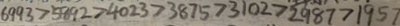
6 9 9 3 > 5 8 9 2 > 4 0 2 3 > 3 8 7 5 > 3 1 0 2 > 2 9 8 7 > 1 9 5 7